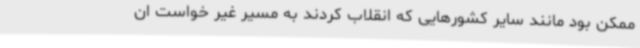
ممکن بود مانند سایر کشورهایی که انقلاب کردند به مسیر غیر خواست ان